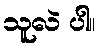
သူလဲ ပါ။